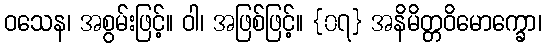
ဝသေန၊ အစွမ်းဖြင့်။ ဝါ၊ အဖြစ်ဖြင့်။ {၀၇} အနိမိတ္တဝိမောက္ခော၊